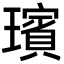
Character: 璸